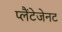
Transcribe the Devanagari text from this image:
प्लैंटेजेनट